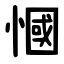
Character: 慖